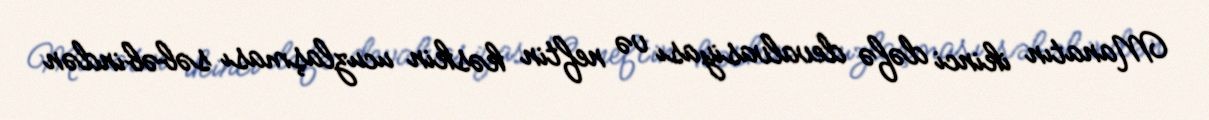
Manatın ikinci dəfə devalvasiyası və neftin kəskin ucuzlaşması səbəbindən